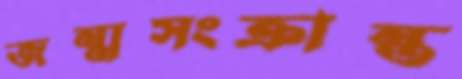
জন্মসংক্রান্ত